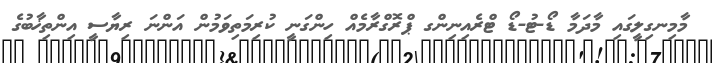
މާމިނގިލީގައި މާދަމާ ޑޯ-ޓު-ޑޯ ޓްރެއިނިންގ ޕްރޮގްރާމެއް ހިންގަނީ ކުރިމަތިވަމުން އަންނަ ރިޔާސީ އިންތިޚާބުގެ